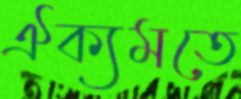
ঐক্যমতে